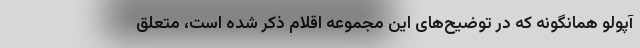
آپولو همانگونه که در توضیح‌های این مجموعه اقلام ذکر شده است، متعلق